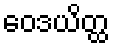
ဝေဒယိတ္ထ